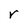
Character: r